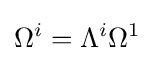
\Omega ^{i}=\Lambda ^{i}\Omega ^{1}